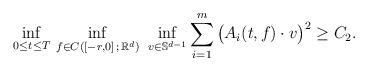
LaTeX: \begin{align*}\inf_{0 \le t \le T} \, \inf_{f \in C([-r,0] \, ; \, \mathbb{R}^d)} \ \inf_{v \in \mathbb{S}^{d-1}} \sum_{i=1}^m \big( A_i (t, f) \cdot v \big)^2 \ge C_2. \end{align*}